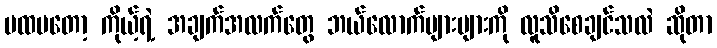
ပထမတော့ ကိုယ့်ရဲ့ အချက်အလက်တွေ ဘယ်လောက်များများကို လူသိစေချင်သလဲ ဆိုတာ